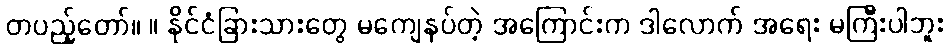
တပည့်တော်။ ။ နိုင်ငံခြားသားတွေ မကျေနပ်တဲ့ အကြောင်းက ဒါလောက် အရေး မကြီးပါဘူး